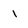
Character: 1